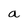
Character: a